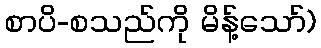
စာပိ-စသည်ကို မိန့်သော်)